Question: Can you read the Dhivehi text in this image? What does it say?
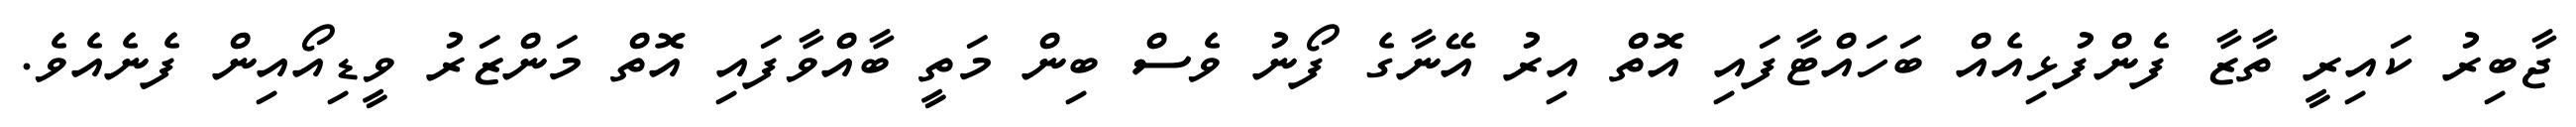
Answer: ޖާބިރު ކައިރީ ތާޒާ ފެންފުޅިއެއް ބަހައްޓާފައި އޮތް އިރު އޭނާގެ ފޯނު ވެސް ބިން މަތީ ބާއްވާފައި އޮތް މަންޒަރު ވީޑިއޯއިން ފެނެއެވެ.